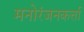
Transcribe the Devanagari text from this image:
मनोरंजनकर्त्ता